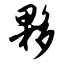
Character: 夥